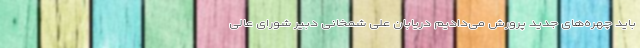
باید چهره‌های جدید پرورش می‌دادیم دریابان علی شمخانی دبیر شورای عالی